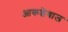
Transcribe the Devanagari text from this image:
आकडेबाज